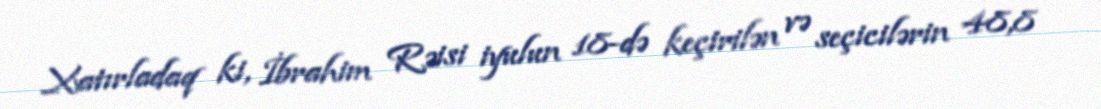
Xatırladaq ki, İbrahim Rəisi iyulun 18-də keçirilən və seçicilərin 48,8